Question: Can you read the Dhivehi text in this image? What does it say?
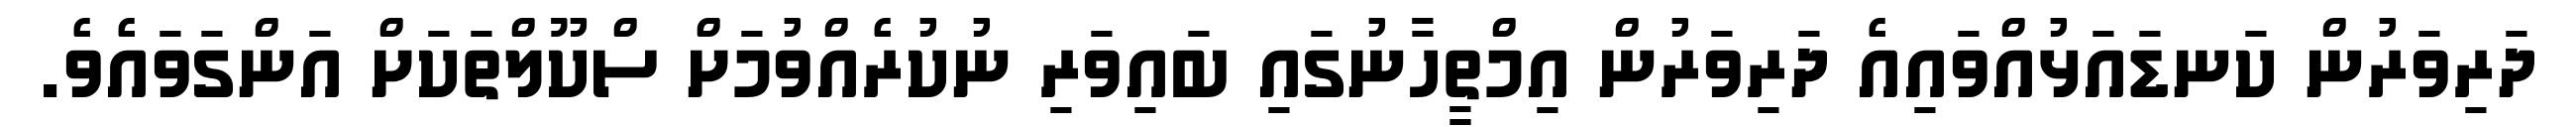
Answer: ދަރިވަރުން ކަނޑައަޅުއްވައިއެ ދަރިވަރުން އިމްތީހާނުގައި ބައިވަރި ނުކުރެއްވުމަށް ސްކޫލްތަކަށް އަންގަވައެވެ.